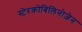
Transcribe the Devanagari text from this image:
स्टेरकोबिलिनोज़ेन